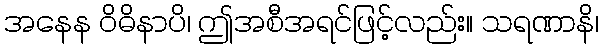
အနေန ဝိဓိနာပိ၊ ဤအစီအရင်ဖြင့်လည်း။ သရဏာနိ၊